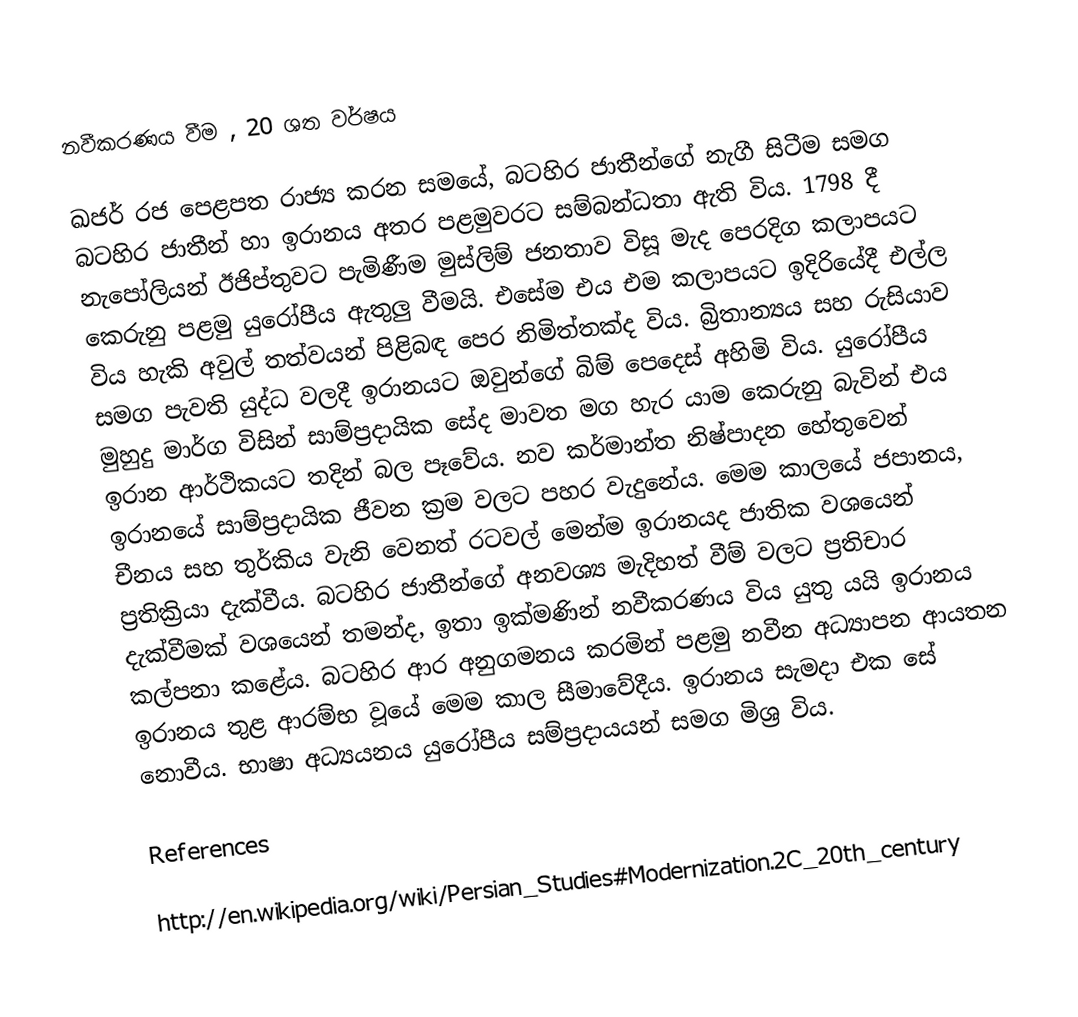
නවීකරණය වීම , 20 ශත වර්ෂය

ඛජර් රජ පෙළපත රාජ්‍ය කරන සමයේ, බටහිර ජාතීන්ගේ නැගී සිටීම සමග බටහිර ජාතීන් හා ඉරානය අතර පළමුවරට සම්බන්ධතා ඇති විය. 1798 දී නැපෝලියන් ඊජිප්තුවට පැමිණීම මුස්ලිම් ජනතාව විසූ මැද පෙරදිග කලාපයට කෙරුනු පළමු යුරෝපීය ඇතුලු වීමයි. එසේම එය එම කලාපයට ඉදිරියේදී එල්ල විය හැකි අවුල් තත්වයන් පිළිබඳ පෙර නිමිත්තක්ද විය. බ්‍රිතාන්‍යය සහ රුසියාව සමග පැවති යුද්ධ වලදී ඉරානයට ඔවුන්ගේ බිම් පෙදෙස් අහිමි විය. යුරෝපීය මුහුදු මාර්ග විසින් සාම්ප්‍රදායික සේද මාවත මග හැර යාම කෙරුනු බැවින් එය ඉරාන ආර්ථිකයට තදින් බල පෑවේය. නව කර්මාන්ත නිෂ්පාදන හේතුවෙන් ඉරානයේ සාම්ප්‍රදායික ජීවන ක්‍රම වලට පහර වැදුනේය. මෙම කාලයේ ජපානය, චීනය සහ තුර්කිය වැනි වෙනත් රටවල් මෙන්ම ඉරානයද ජාතික වශයෙන් ප්‍රතික්‍රියා දැක්වීය. බටහිර ජාතීන්ගේ අනවශ්‍ය මැදිහත් වීම් වලට ප්‍රතිචාර දැක්වීමක් වශයෙන් තමන්ද, ඉතා ඉක්මණින් නවීකරණය විය යුතු යයි ඉරානය කල්පනා කළේය. බටහිර ආර අනුගමනය කරමින් පළමු නවීන අධ්‍යාපන ආයතන ඉරානය තුළ ආරම්භ වූයේ මෙම කාල සීමාවේදීය. ඉරානය සැමදා එක සේ නොවීය. භාෂා අධ්‍යයනය යුරෝපීය සම්ප්‍රදායයන් සමග මිශ්‍ර විය.

References

http://en.wikipedia.org/wiki/Persian_Studies#Modernization.2C_20th_century